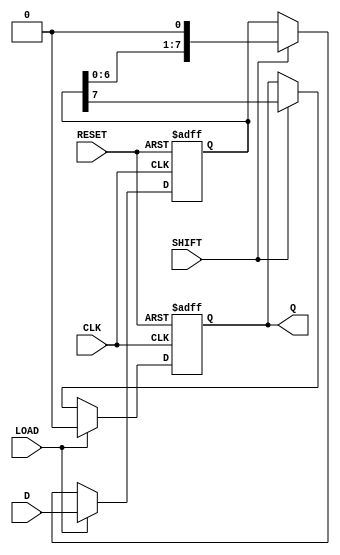
module PISO_Register (
    input wire CLK,        // Clock signal
    input wire LOAD,      // Load control signal
    input wire SHIFT,     // Shift control signal
    input wire RESET,     // Asynchronous reset signal
    input wire [7:0] D,   // 8-bit data input
    output reg Q          // Serial output
);

    reg [7:0] shift_reg;  // Internal shift register to hold data

    always @(posedge CLK or posedge RESET) begin
        if (RESET) begin
            // Asynchronous reset: clear the register
            shift_reg <= 8'b00000000;
            Q <= 1'b0;
        end else if (LOAD) begin
            // Parallel load: load the input data into the shift register
            shift_reg <= D;
            Q <= 1'b0; // Output does not change during load
        end else if (SHIFT) begin
            // Serial shift: shift the data out
            Q <= shift_reg[7];       // Output the MSB
            shift_reg <= {shift_reg[6:0], 1'b0}; // Shift right and fill LSB with 0
        end
        // If neither LOAD nor SHIFT is asserted, maintain the current state
    end

endmodule